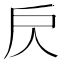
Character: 𢨨